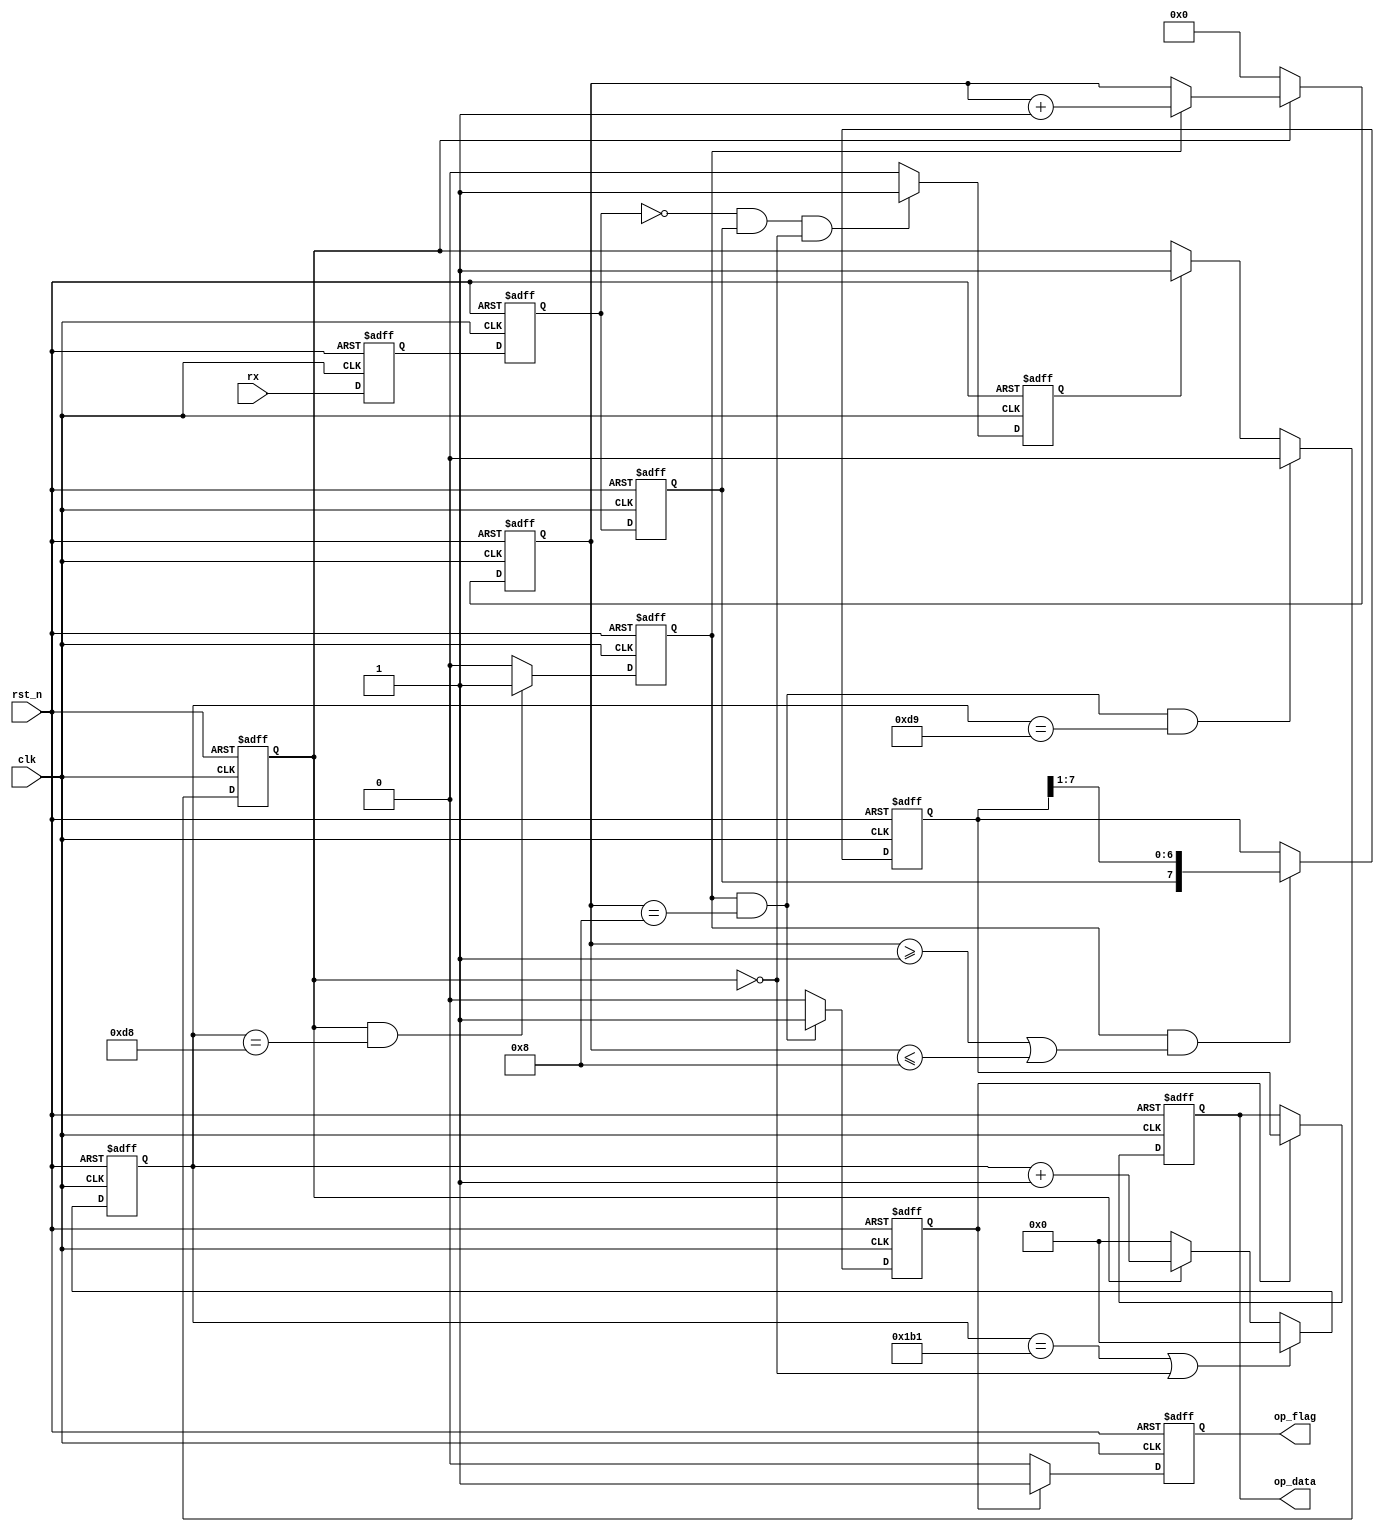
module UART_Rx 
#(
	parameter baud_cnt_max = 12'd433
)
(
	input clk,
	input rst_n,
	input rx,
	output reg op_flag,
	output reg [7:0] op_data
);
	
	//Tmet
	reg rx_clap_1;
	reg rx_clap_2;
	reg rx_clap_3;

	reg start_flag;
	reg work_en;

	reg [11:0] baud_cnt;
	reg bit_flag;	
	reg [3:0] bit_cnt;	//

	reg [7:0] rx_data;	//
	reg rx_flag;

	/*clap logic*/
	always @(posedge clk or negedge rst_n) begin
		if(~rst_n) begin
			rx_clap_1 <= 1'd1;
			rx_clap_2 <= 1'd1;
			rx_clap_3 <= 1'd1;
		end else begin
			rx_clap_1 <= rx;
			rx_clap_2 <= rx_clap_1;
			rx_clap_3 <= rx_clap_2;
		end
	end

	/**/
	always @(posedge clk or negedge rst_n) begin
		if(~rst_n) begin
			start_flag <= 1'd0;
		end else if(!rx_clap_2 && rx_clap_3 && !work_en) begin
			start_flag <= 1'd1;
		end else begin
			start_flag <= 1'd0;
		end
	end

	/**/
	always @(posedge clk or negedge rst_n) begin
		if(~rst_n) begin
			work_en <= 1'd0;
		end else if(bit_flag && bit_cnt == 4'd8 && baud_cnt == (baud_cnt_max >> 1) + 12'd1) begin
			work_en <= 1'd0;
		end else if(start_flag) begin
			work_en <= 1'd1;
		end else begin
			work_en <= work_en;
		end
	end

	/*baud_cnt*/
	always @(posedge clk or negedge rst_n) begin
		if(~rst_n) begin
			baud_cnt <= 12'd0;
		end else if(baud_cnt == baud_cnt_max || !work_en) begin
			baud_cnt <= 12'd0;
		end else if(work_en) begin
			baud_cnt <= baud_cnt + 12'd1;
		end else begin
			baud_cnt <= 12'd0;
		end
	end

	/*bit_flag*/
	always @(posedge clk or negedge rst_n) begin
		if(~rst_n) begin
			bit_flag <= 1'd0;
		end else if(work_en && baud_cnt == baud_cnt_max >> 1) begin
			bit_flag <= 1'd1;
		end else begin
			bit_flag <= 1'd0;
		end
	end

	/*bit_cnt*/
	always @(posedge clk or negedge rst_n) begin
		if(~rst_n) begin
			bit_cnt <= 4'd0;
		end else if(!work_en) begin
			bit_cnt <= 4'd0;
		end else if(bit_flag) begin
			bit_cnt <= bit_cnt + 4'd1;
		end else begin
			bit_cnt <= bit_cnt;
		end
	end

	/*rx_data*/
	always @(posedge clk or negedge rst_n) begin
		if(~rst_n) begin
			rx_data <= 8'd0;
		end else if(bit_flag && (bit_cnt >= 4'd1 || bit_cnt <= 4'd8)) begin
			rx_data <= {rx_clap_3,rx_data[7:1]};
		end else begin
			rx_data <= rx_data;
		end
	end

	/*rx_flag*/
	always @(posedge clk or negedge rst_n) begin
		if(~rst_n) begin
			rx_flag <= 1'd0;
		end else if(bit_flag && bit_cnt == 4'd8) begin
			rx_flag <= 1'd1;
		end else begin
			rx_flag <= 1'd0;
		end
	end

	/*output op_flag*/
	always @(posedge clk or negedge rst_n) begin
		if(~rst_n) begin
			op_flag <= 1'd0;
		end else if(rx_flag) begin
			op_flag <= 1'd1;
		end else begin
			op_flag <= 1'd0;
		end
	end

	/*output op_data*/
	always @(posedge clk or negedge rst_n) begin
		if(~rst_n) begin
			op_data <= 8'd0;
		end else if(rx_flag) begin
			op_data <= rx_data;
		end else begin
			op_data <= op_data;
		end
	end

endmodule